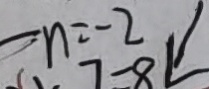
- n = - 2